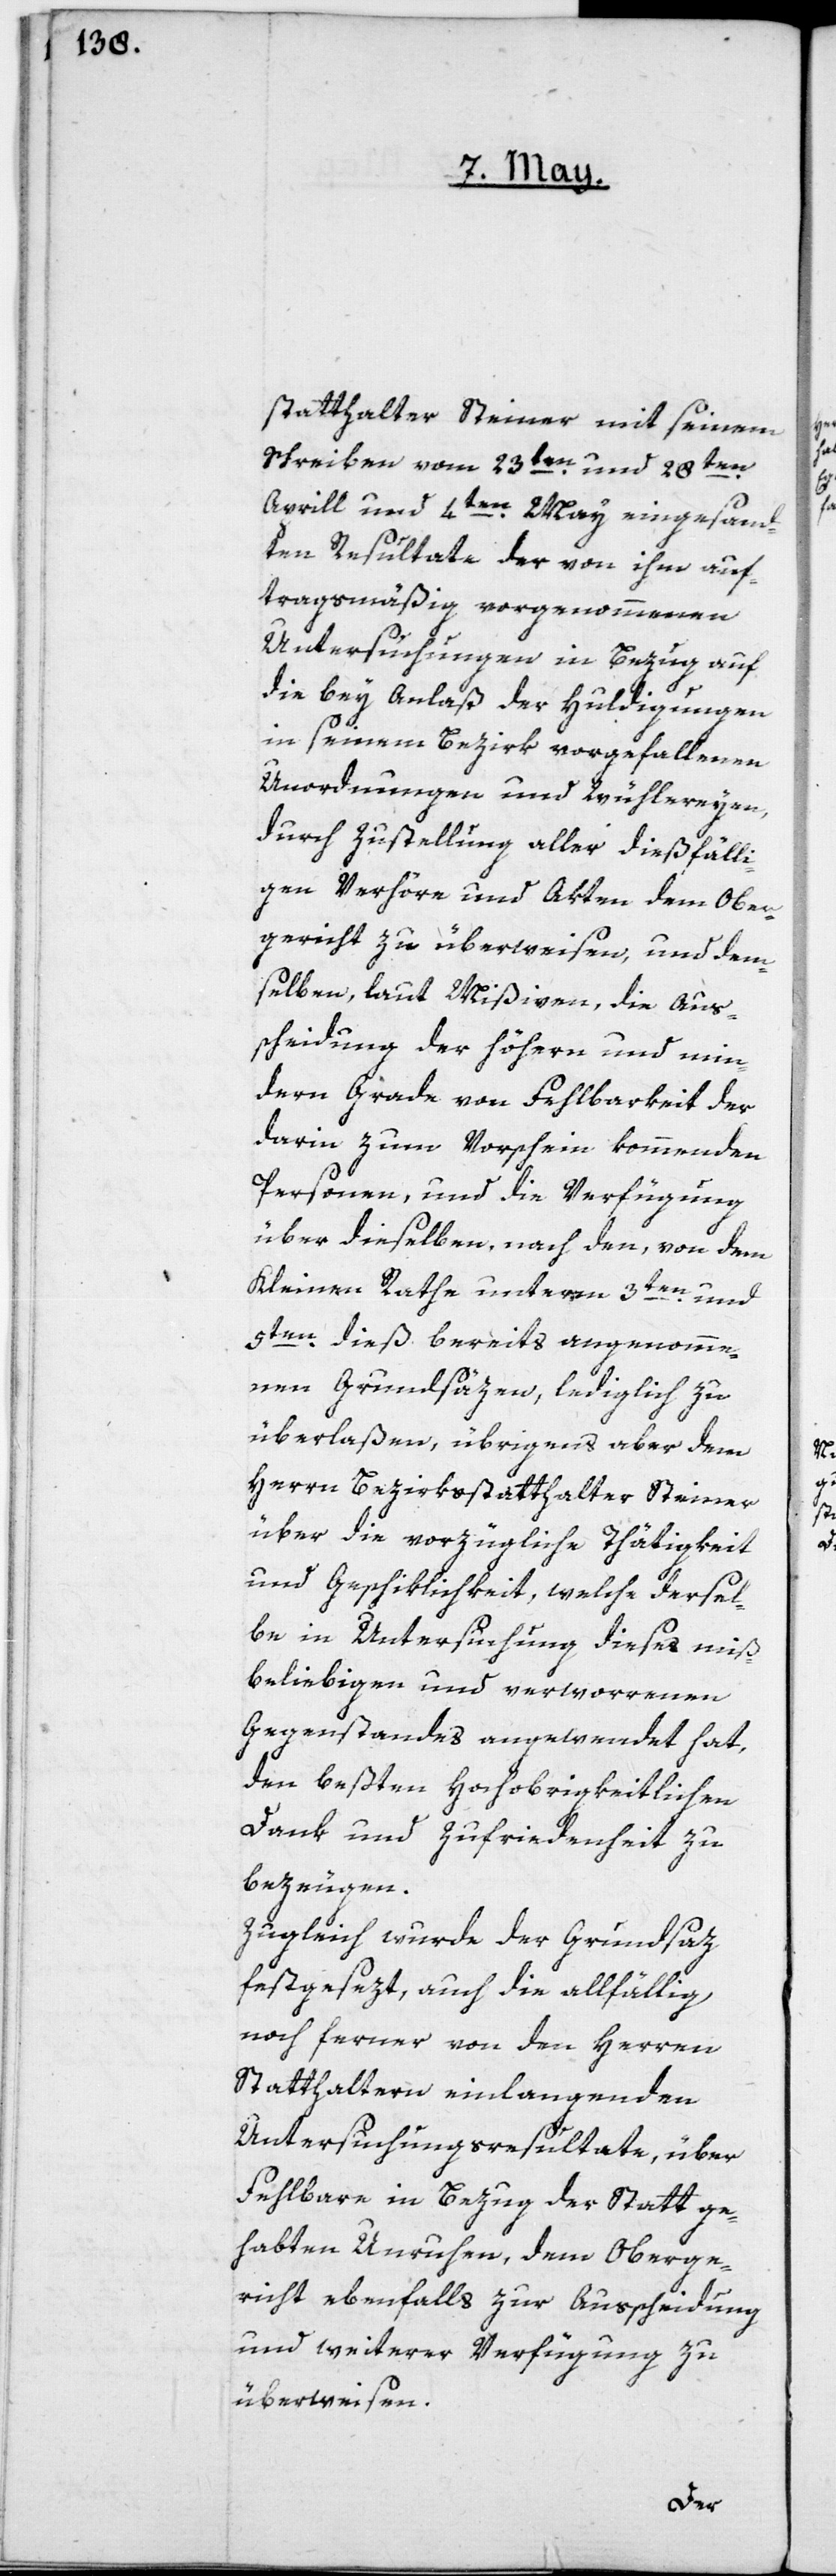
statthalter Steiner mit seinem
Schreiben vom 23ten und 28ten
Aprill und 4ten May eingesand¬
ten Resultate der von ihm auf¬
tragsmäßig vorgenommenen
Untersuchungen in Bezug auf
die bey Anlaß der Huldigungen
in seinem Bezirk vorgefallenen
Unordnungen und Wühlereyen,
durch Zustellung aller dießfälli¬
gen Verhöre und Akten dem Ober¬
gericht zu überweisen, und dem¬
selben, laut Mißiven, die Aus¬
scheidung der höhern und min¬
dern Grade von Fehlbarkeit der
darin zum Vorschein kommenden
Personen, und die Verfügung
über dieselben, nach den, von dem
Kleinen Rathe unterm 3ten und
5ten dieß bereits angenomme¬
nen Grundsäzen, lediglich zu
überlaßen, übrigens aber dem
Herrn Bezirksstatthalter Steiner
über die vorzügliche Thätigkeit
und Geschiklichkeit, welche dersel¬
be in Untersuchung dieses miß¬
beliebigen und verworrenen
Gegenstandes angewendet hat,
den beßten Hochobrigkeitlichen
Dank und Zufriedenheit zu
bezeugen.
Zugleich wurde der Grundsaz
festgesezt, auch die allfällig
noch ferner von den Herren
Statthaltern einlangenden
Untersuchungsresultate, über
Fehlbare in Bezug der Statt ge¬
habten Unruhen, dem Oberge¬
richt ebenfalls zur Ausscheidung
und weiterer Verfügung zu
überweisen.